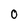
Character: O